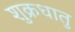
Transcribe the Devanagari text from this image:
शुक्रधातु